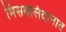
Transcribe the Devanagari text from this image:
मिसबलिदानात